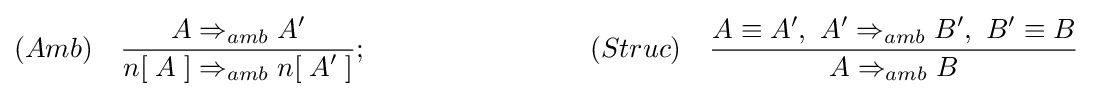
(Amb)\quad {\frac {\displaystyle A\Rightarrow _{amb}A'}{\displaystyle n[\;A\;]\Rightarrow _{amb}n[\;A'\;]}};\qquad \qquad \qquad \qquad (Struc)\quad {\frac {\displaystyle A\equiv A',\ A'\Rightarrow _{amb}B',\ B'\equiv B}{\displaystyle A\Rightarrow _{amb}B}}